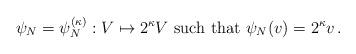
LaTeX: \begin{align*}\psi_N = \psi_N^{(\kappa)} : V\mapsto 2^\kappa V\mbox{ such that }\psi_N(v) = 2^\kappa v\,.\end{align*}